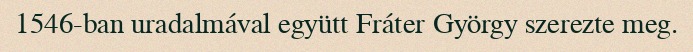
1546-ban uradalmával együtt Fráter György szerezte meg.